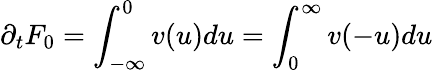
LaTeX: \partial_{t}F_{0}=\int_{-\infty}^{0}v(u)du=\int_{0}^{\infty}v(-u)du